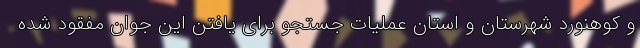
و کوهنورد شهرستان و استان عملیات جستجو برای یافتن این جوان مفقود شده